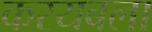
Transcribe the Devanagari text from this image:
करयबला